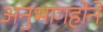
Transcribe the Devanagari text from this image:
अनुभागहोने